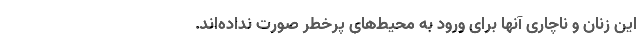
این زنان و ناچاری آنها برای ورود به محیط‌های پرخطر صورت نداده‌اند.